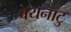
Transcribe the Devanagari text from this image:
वयनाटु